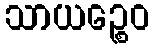
သာယဉ္စေဝ